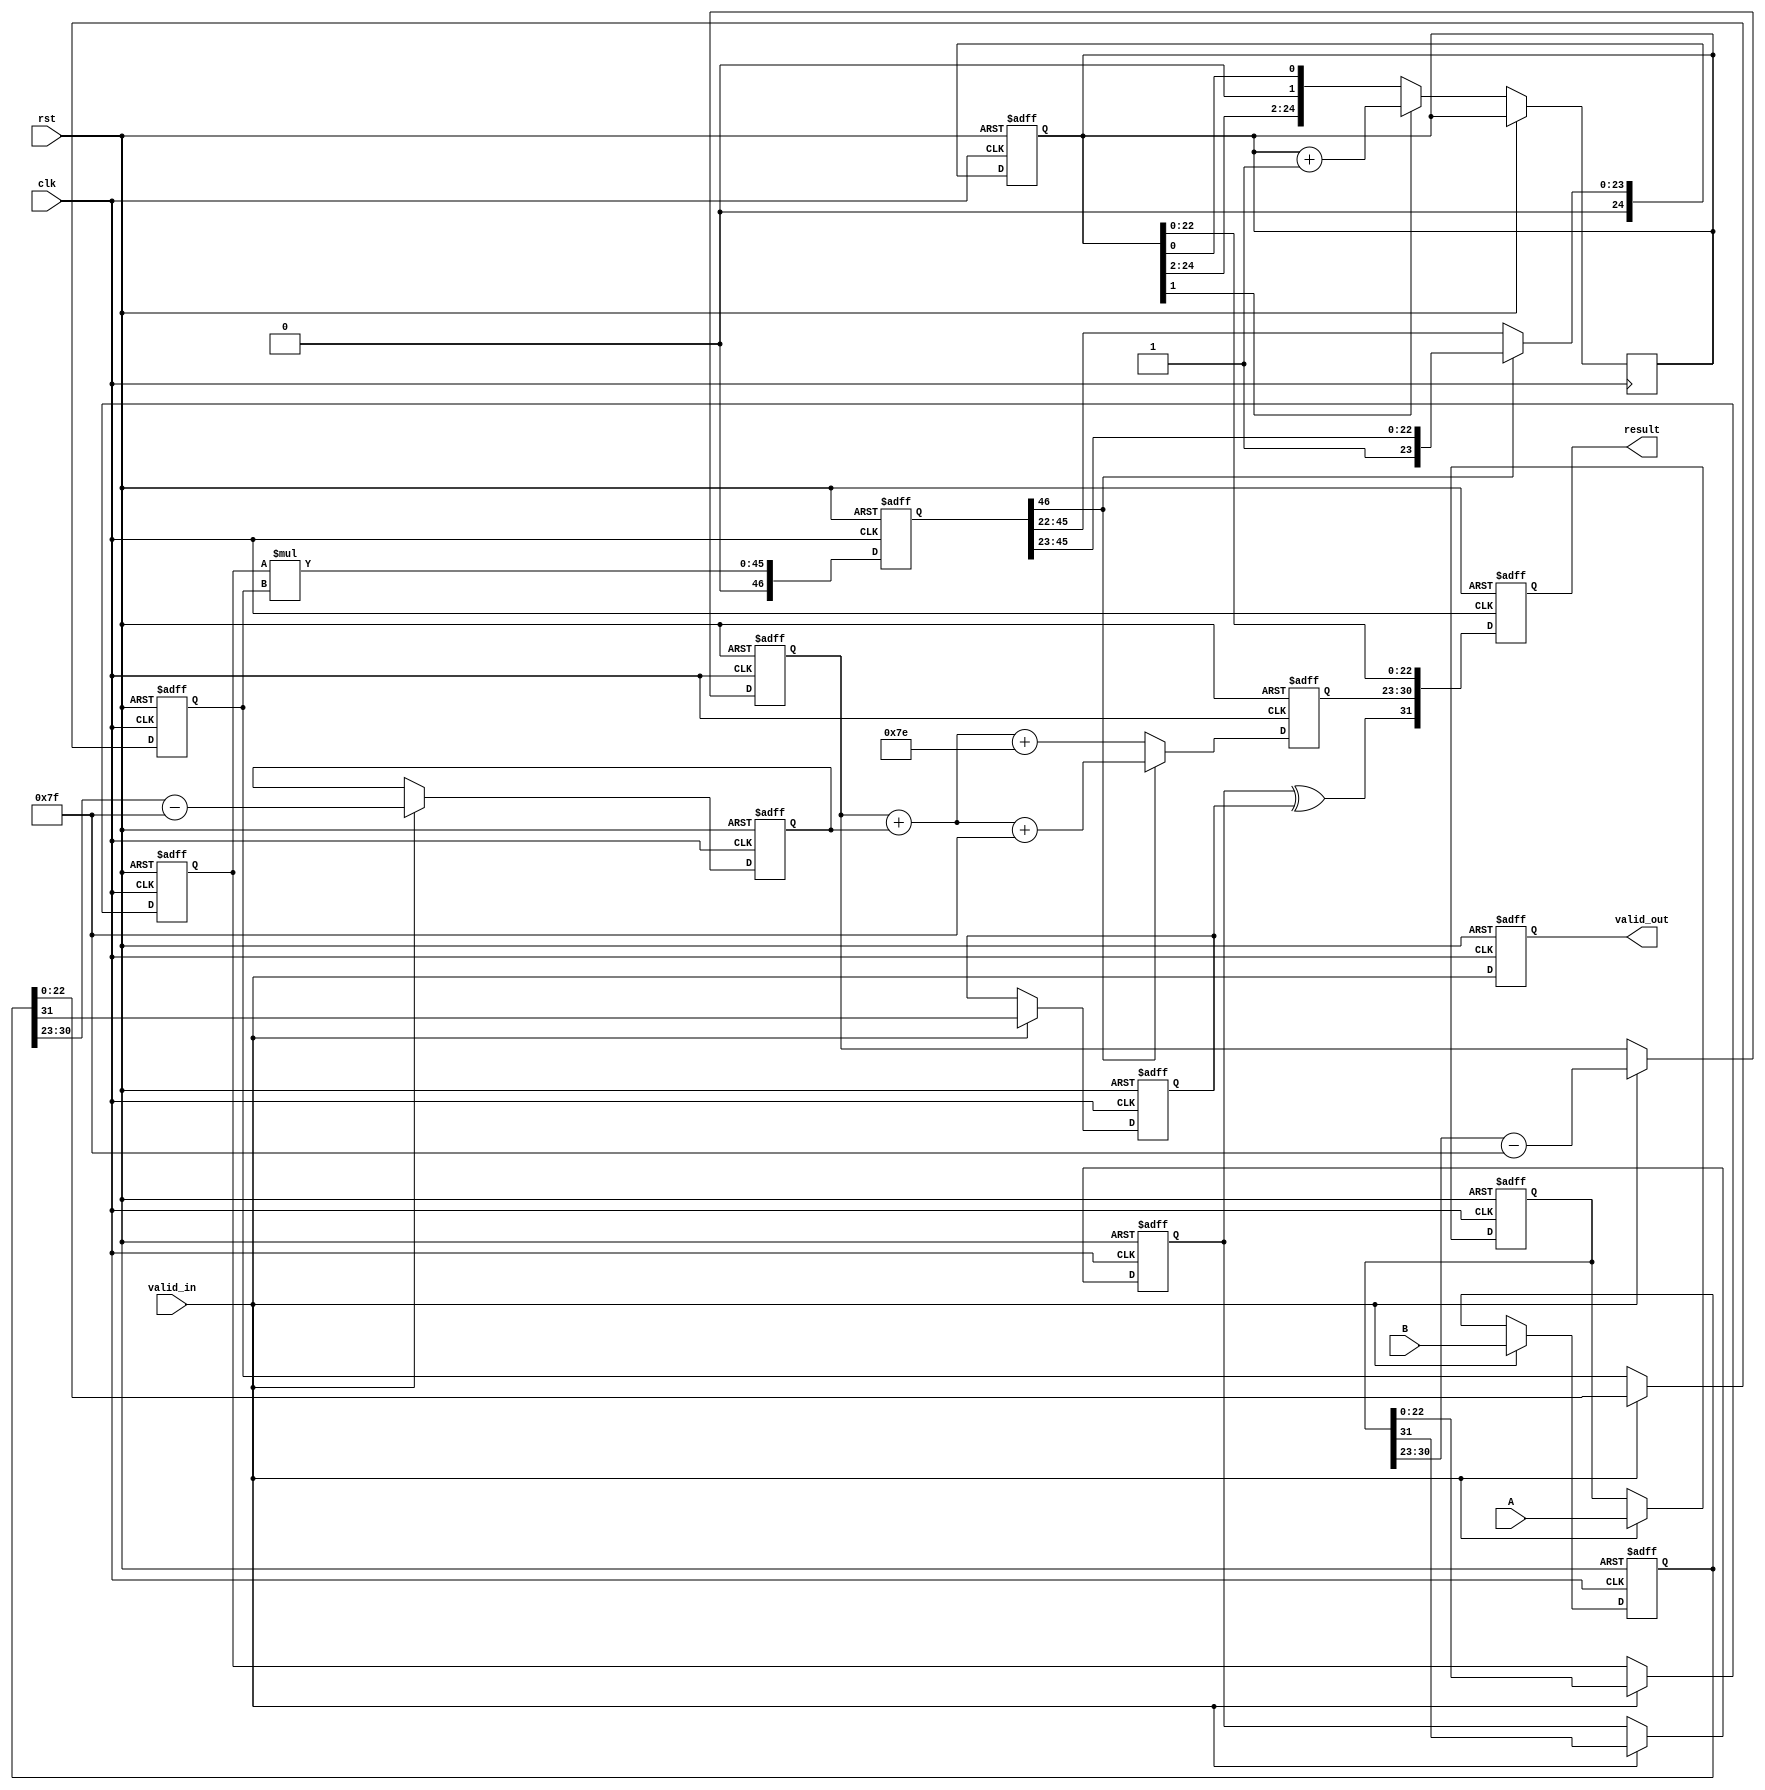
module pipelined_fp_multiplier (
    input clk,
    input rst,
    input valid_in,
    input [31:0] A,
    input [31:0] B,
    output reg valid_out,
    output reg [31:0] result
);

    // Pipeline registers
    reg [31:0] A_reg, B_reg;
    reg sign_a, sign_b, sign_result;
    reg [7:0] exp_a, exp_b, exp_result;
    reg [22:0] mant_a, mant_b;
    reg [46:0] mant_product;
    reg [24:0] mant_result; // 1 implicit bit + 23 bits
    reg [8:0] exp_adjusted; // 8 bits for exponent + 1 bit for overflow

    // Stage 1: Input and Decomposition
    always @(posedge clk or posedge rst) begin
        if (rst) begin
            A_reg <= 32'b0;
            B_reg <= 32'b0;
        end else if (valid_in) begin
            A_reg <= A;
            B_reg <= B;
        end
    end

    // Stage 2: Sign and Exponent Calculation
    always @(posedge clk or posedge rst) begin
        if (rst) begin
            sign_a <= 1'b0;
            sign_b <= 1'b0;
            exp_a <= 8'b0;
            exp_b <= 8'b0;
            mant_a <= 23'b0;
            mant_b <= 23'b0;
        end else if (valid_in) begin
            sign_a <= A_reg[31];
            sign_b <= B_reg[31];
            exp_a <= A_reg[30:23] - 8'd127; // Remove bias
            exp_b <= B_reg[30:23] - 8'd127; // Remove bias
            mant_a <= {1'b1, A_reg[22:0]}; // Add implicit leading 1
            mant_b <= {1'b1, B_reg[22:0]}; // Add implicit leading 1
        end
    end

    // Stage 3: Mantissa Multiplication
    always @(posedge clk or posedge rst) begin
        if (rst) begin
            mant_product <= 47'b0; // 46 bits for mantissa product
        end else begin
            mant_product <= mant_a * mant_b; // Multiply mantissas
        end
    end

    // Stage 4: Normalization
    always @(posedge clk or posedge rst) begin
        if (rst) begin
            mant_result <= 25'b0;
            exp_adjusted <= 9'b0;
        end else begin
            // Normalization logic
            if (mant_product[46]) begin
                mant_result <= mant_product[46:23]; // No shift needed
                exp_adjusted <= exp_a + exp_b + 8'd127; // Add bias
            end else begin
                mant_result <= mant_product[45:22]; // Shift right
                exp_adjusted <= exp_a + exp_b + 8'd126; // Adjust exponent
            end
        end
    end

    // Stage 5: Rounding and Output Assembly
    always @(posedge clk or posedge rst) begin
        if (rst) begin
            result <= 32'b0;
            valid_out <= 1'b0;
        end else begin
            // Rounding logic (simple rounding)
            if (mant_result[1]) mant_result <= mant_result + 1;
            result <= {sign_a ^ sign_b, exp_adjusted[7:0], mant_result[22:0]}; // Assemble result
            valid_out <= valid_in; // Output valid if input was valid
        end
    end

endmodule